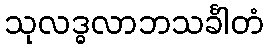
သုလဒ္ဓလာဘသင်္ခါတံ